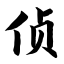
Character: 侦